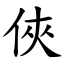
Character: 俠